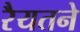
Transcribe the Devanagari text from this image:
रैयतने